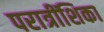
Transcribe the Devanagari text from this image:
परात्रींशिका